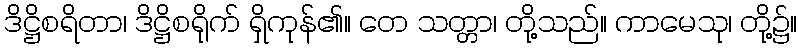
ဒိဋ္ဌိစရိတာ၊ ဒိဋ္ဌိစရိုက် ရှိကုန်၏။ တေ သတ္တာ၊ တို့သည်။ ကာမေသု၊ တို့၌။